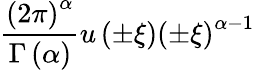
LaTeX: {\frac{\left(2\pi\right)^{\alpha}}{\Gamma\left(\alpha\right)}}u\left(\pm\xi\right)\left(\pm\xi\right)^{\alpha-1}